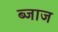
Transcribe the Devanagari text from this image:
ब्जाज